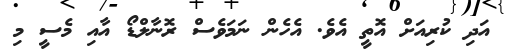
އަދި ކުރިއަށް އޮތީ އެވެ. އެހެން ނަމަވެސް ރޮނާލްޑޯ އާއި މެސީ މި